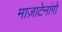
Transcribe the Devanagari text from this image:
माज़ाटेनांगो